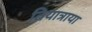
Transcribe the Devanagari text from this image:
तियात्राया